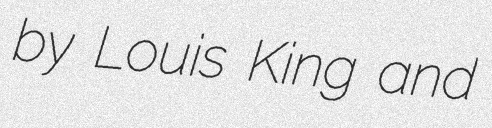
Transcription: by Louis King and